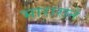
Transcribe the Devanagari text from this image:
भाराराने